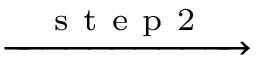
\xrightarrow { \ \ \mathrm { ~ s ~ t ~ e ~ p ~ 2 ~ } \ \ }